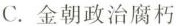
C.金朝政治腐朽